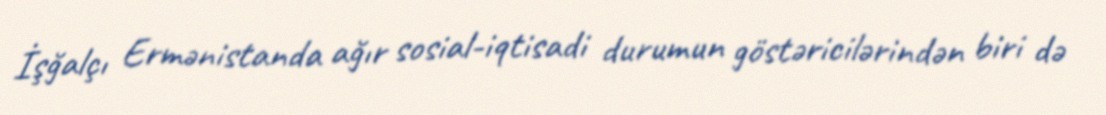
İşğalçı Ermənistanda ağır sosial-iqtisadi durumun göstəricilərindən biri də